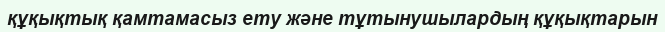
құқықтық қамтамасыз ету және тұтынушылардың құқықтарын